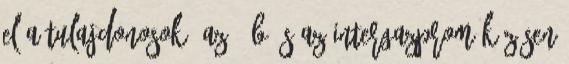
el a tulajdonosok: az ÁÉB és az Intergazprom közösen